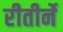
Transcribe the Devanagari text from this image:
रीतीर्ने